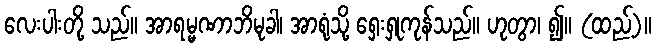
လေးပါးတို့ သည်။ အာရမ္မဏာဘိမုခါ၊ အာရုံသို့ ရှေးရှုကုန်သည်။ ဟုတွာ၊ ၍။ (ထည့်)။